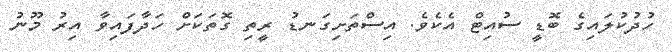
ހުދުކުލައިގެ ބޮޑީ ސުއިޓް އެކެވެ. އިސްތަށިގަނޑު ރީތި ގޮތަކަށް ހަދާފައިވާ އިރު މޫނު